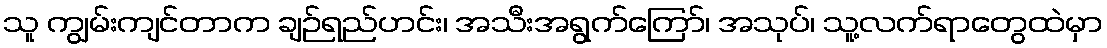
သူ ကျွမ်းကျင်တာက ချဉ်ရည်ဟင်း၊ အသီးအရွက်ကြော်၊ အသုပ်၊ သူ့လက်ရာတွေထဲမှာ